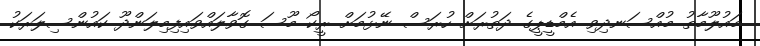
މައުލޫމާތު މުއްސަނދިވި އެމްޑީޕީގެ ދަތުރަށް ހުރަސް ނޭޅުމަށް ރީކޯ މޫސަ ގޮވާލައްވައިފިމިލަންދޫ ކައުންސިލަރަކު